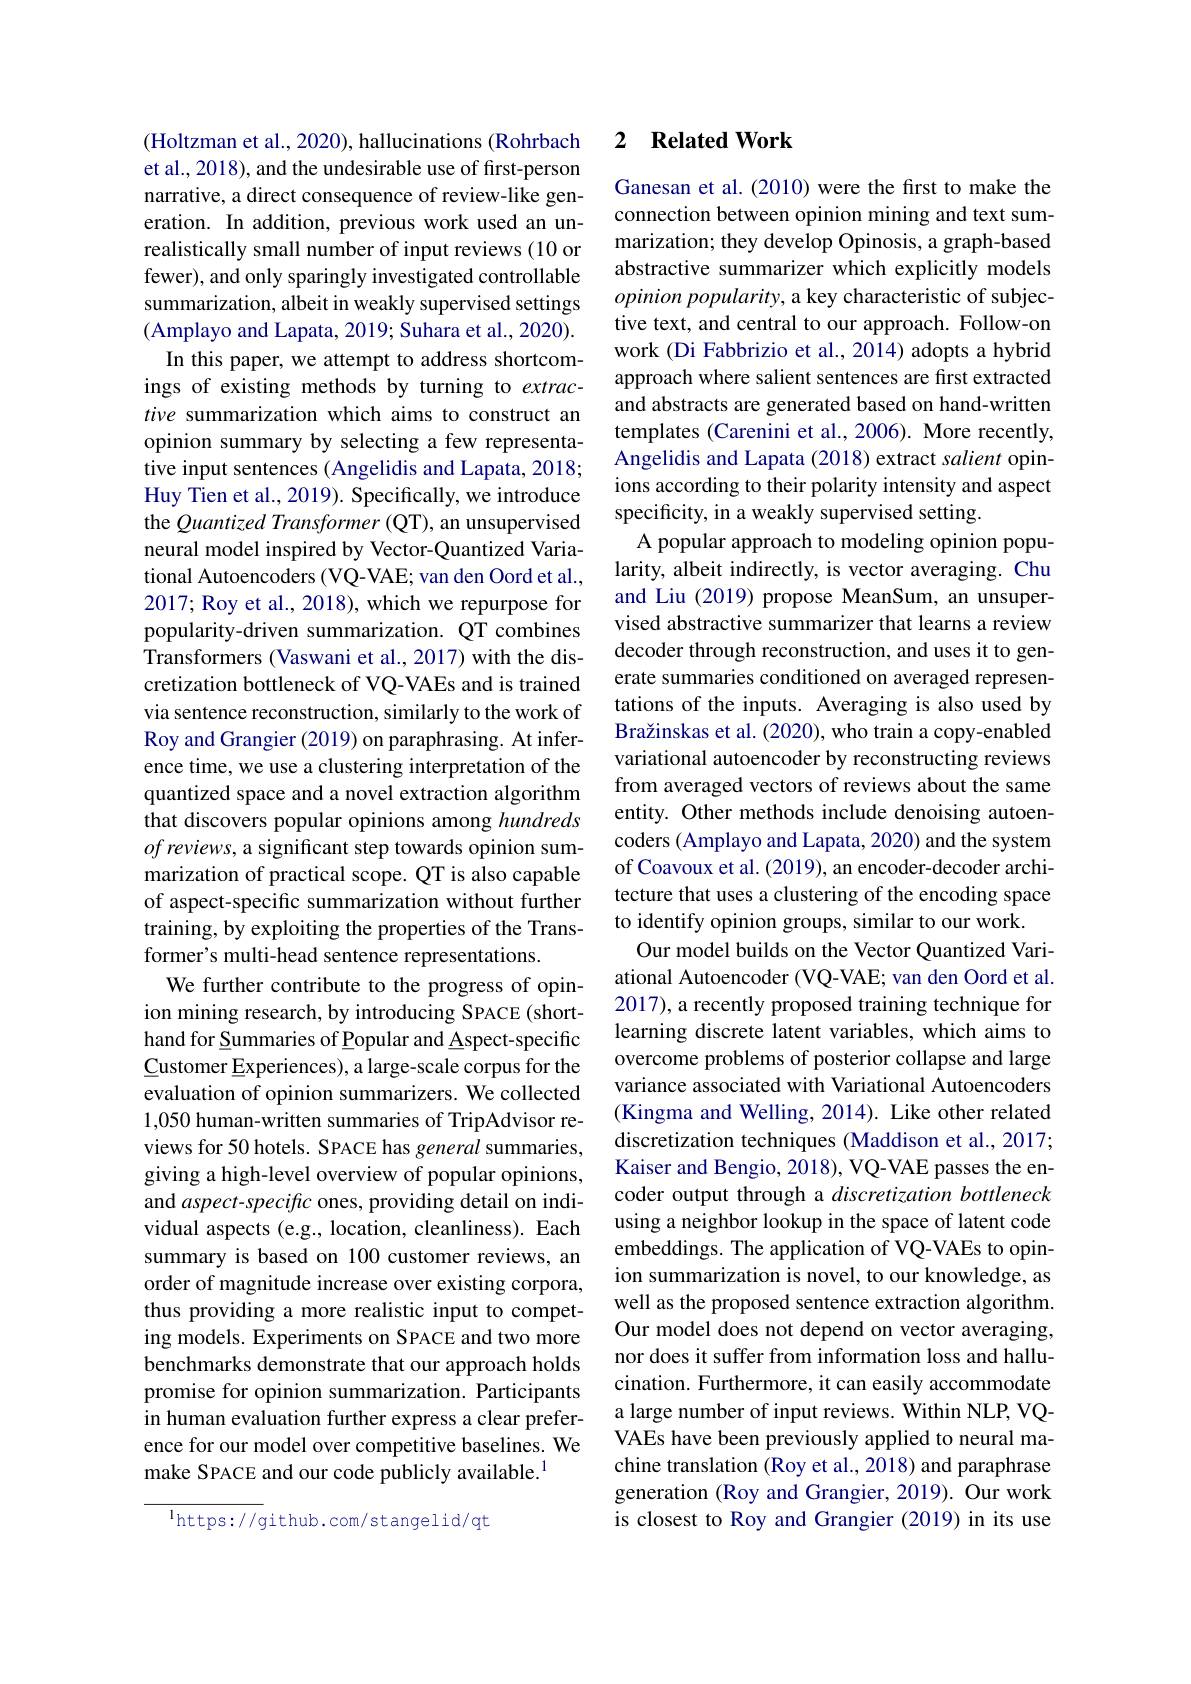
(Holtzman et al., 2020), hallucinations (Rohrbach et al., 2018), and the undesirable use of first-person narrative, a direct consequence of review-like generation. In addition, previous work used an unrealistically small number of input reviews (10 or fewer), and only sparingly investigated controllable summarization, albeit in weakly supervised settings (Amplayo and Lapata, 2019; Suhara et al., 2020). In this paper, we attempt to address shortcomings of existing methods by turning to extractive summarization which aims to construct an opinion summary by selecting a few representative input sentences (Angelidis and Lapata, 2018; Huy Tien et al., 2019). Specifically, we introduce the Quantized Transformer (QT), an unsupervised neural model inspired by Vector-Quantized Variational Autoencoders (VQ-VAE; van den Oord et al., 2017; Roy et al., 2018), which we repurpose for popularity-driven summarization. QT combines Transformers (Vaswani et al., 2017) with the discretization bottleneck of VQ-VAEs and is trained via sentence reconstruction, similarly to the work of Roy and Grangier (2019) on paraphrasing. At inference time, we use a clustering interpretation of the quantized space and a novel extraction algorithm that discovers popular opinions among hundreds $of\textit{reviews, a significant step towards opinion sum- }$ marization of practical scope. QT is also capable of aspect-specific summarization without further training, by exploiting the properties of the Transformer's multi-head sentence representations.
We further contribute to the progress of opinion mining research, by introducing SPACE (shorthand for Summaries of Popular and Aspect-specific Customer Experiences), a large-scale corpus for the evaluation of opinion summarizers. We collected 1,050 human-written summaries of TripAdvisor reviews for 50 hotels. SPACE has general summaries, giving a high-level overview of popular opinions, and $aspect-specific$ ones, providing detail on individual aspects (e.g., location, cleanliness). Each summary is based on 100 customer reviews, an order of magnitude increase over existing corpora, thus providing a more realistic input to competing models. Experiments on SPACE and two more benchmarks demonstrate that our approach holds promise for opinion summarization. Participants in human evaluation further express a clear prefer- a large number of input reviews. Within NLP, VQ-
ence for our model over competitive baselines. We
make SPACE and our code publicly available.$^{1}$

$^{1}$https://github.com/stangelid/qt

### 2 $\textbf{Related Work}$

Ganesan et al. (2010) were the first to make the connection between opinion mining and text summarization; they develop Opinosis, a graph-based abstractive summarizer which explicitly models opinion popularity, a key characteristic of subjective text, and central to our approach. Follow-on work (Di Fabbrizio et al., 2014) adopts a hybrid approach where salient sentences are first extracted and abstracts are generated based on hand-written templates (Carenini et al., 2006). More recently, Angelidis and Lapata (2018) extract salient opinions according to their polarity intensity and aspect specificity, in a weakly supervised setting.
A popular approach to modeling opinion popularity, albeit indirectly, is vector averaging. Chu and Liu (2019) propose MeanSum, an unsupervised abstractive summarizer that learns a review decoder through reconstruction, and uses it to generate summaries conditioned on averaged representations of the inputs. Averaging is also used by Bražinskas et al. (2020), who train a copy-enabled variational autoencoder by reconstructing reviews from averaged vectors of reviews about the same entity. Other methods include denoising autoencoders (Amplayo and Lapata, 2020) and the system of Coavoux et al. (2019), an encoder-decoder architecture that uses a clustering of the encoding space to identify opinion groups, similar to our work.
Our model builds on the Vector Quantized Variational Autoencoder (VQ-VAE; van den Oord et al. 2017), a recently proposed training technique for learning discrete latent variables, which aims to overcome problems of posterior collapse and large variance associated with Variational Autoencoders (Kingma and Welling, 2014). Like other related discretization techniques (Maddison et al., 2017; Kaiser and Bengio, 2018), VQ-VAE passes the encoder output through a discretization bottleneck using a neighbor lookup in the space of latent code embeddings. The application of VQ-VAEs to opinion summarization is novel, to our knowledge, as well as the proposed sentence extraction algorithm. Our model does not depend on vector averaging, nor does it suffer from information loss and hallucination. Furthermore, it can easily accommodate VAEs have been previously applied to neural machine translation (Roy et al., 2018) and paraphrase generation (Roy and Grangier, 2019). Our work is closest to Roy and Grangier (2019) in its use